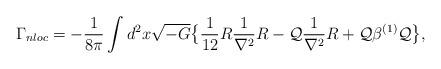
LaTeX: \begin{align*}\Gamma_{nloc} = -{1 \over 8 \pi} \int d^2 x \sqrt{-G} \big \{ { 1 \over 12} R {1 \over \nabla^2} R - {\cal Q} {1 \over \nabla^2} R + {\cal Q} \beta^{(1)} {\cal Q} \big \},\end{align*}